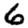
Digit: 6